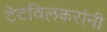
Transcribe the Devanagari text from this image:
टेटविलकरांनी